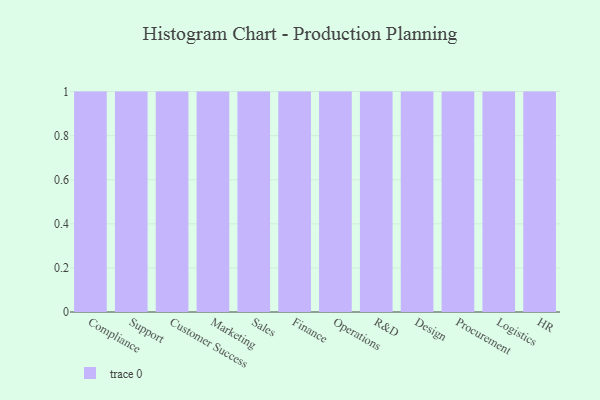
{"axis": {"x": "Department", "y": "Page Views"}, "legend": [""], "data": [{"x": "Compliance", "y": 6, "type": ""}, {"x": "Support", "y": 76, "type": ""}, {"x": "Customer Success", "y": 53, "type": ""}, {"x": "Marketing", "y": 78, "type": ""}, {"x": "Sales", "y": 32, "type": ""}, {"x": "Finance", "y": 85, "type": ""}, {"x": "Operations", "y": 39, "type": ""}, {"x": "R&D", "y": 61, "type": ""}, {"x": "Design", "y": 69, "type": ""}, {"x": "Procurement", "y": 41, "type": ""}, {"x": "Logistics", "y": 2, "type": ""}, {"x": "HR", "y": 53, "type": ""}]}